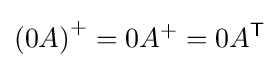
\left(0A\right)^{+}=0A^{+}=0A^{\mathsf {T}}